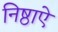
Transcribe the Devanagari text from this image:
निष्ठाऐ